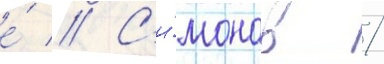
е́ // С'и́монов /